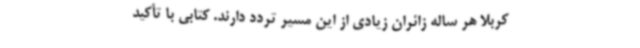
کربلا هر ساله زائران زیادی از این مسیر تردد دارند. کتابی با تأکید